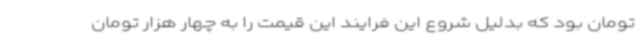
تومان بود که بدلیل شروع این فرایند این قیمت را به چهار هزار تومان